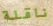
ناقلة